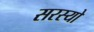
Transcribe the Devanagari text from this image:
सरस्‍यो